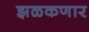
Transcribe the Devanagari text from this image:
झळकणार